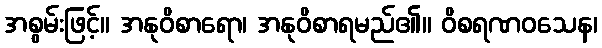
အစွမ်းဖြင့်။ အနုဝိစာရော၊ အနုဝိစာရမည်၏။ ဝိစရဏဝသေန၊